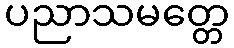
ပညာသမတ္တေ